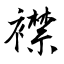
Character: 襟